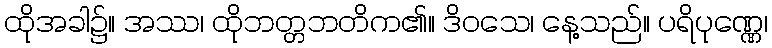
ထိုအခါ၌။ အဿ၊ ထိုဘတ္တဘတိက၏။ ဒိဝသေ၊ နေ့သည်။ ပရိပုဏ္ဏေ၊